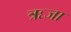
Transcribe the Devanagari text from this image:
ऋजा